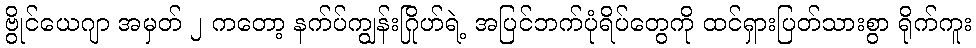
ဗွိုင်ယေဂျာ အမှတ် ၂ ကတော့ နက်ပ်ကျွန်းဂြိုဟ်ရဲ့ အပြင်ဘက်ပုံရိပ်တွေကို ထင်ရှားပြတ်သားစွာ ရိုက်ကူး